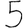
Digit: 5